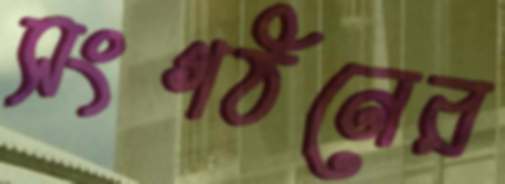
সংগঠনের